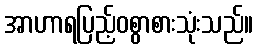
အာဟာရပြည့်ဝစွာစားသုံးသည်။